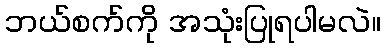
ဘယ်စက်ကို အသုံးပြုရပါမလဲ။